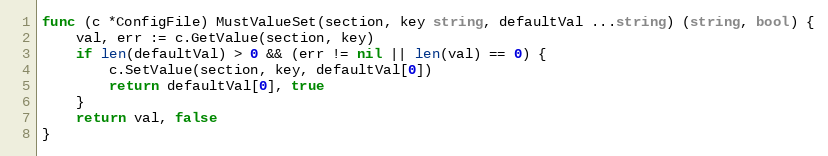
Language: Go
func (c *ConfigFile) MustValueSet(section, key string, defaultVal ...string) (string, bool) {
	val, err := c.GetValue(section, key)
	if len(defaultVal) > 0 && (err != nil || len(val) == 0) {
		c.SetValue(section, key, defaultVal[0])
		return defaultVal[0], true
	}
	return val, false
}